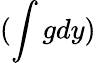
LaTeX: (\int gdy)